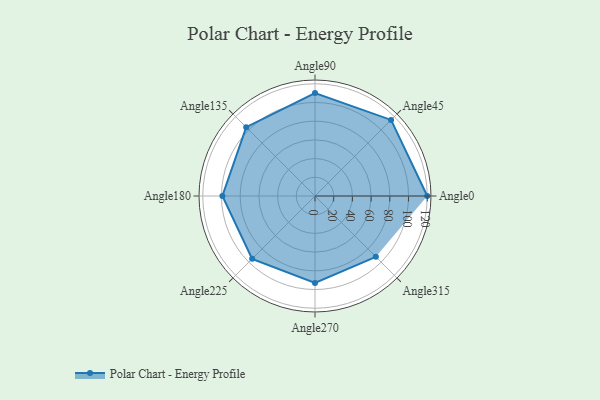
{"axis": {"x": "Angle", "y": "Radius"}, "legend": [""], "data": [{"x": "Angle0", "y": 120.0, "type": ""}, {"x": "Angle45", "y": 115.0, "type": ""}, {"x": "Angle90", "y": 110.0, "type": ""}, {"x": "Angle135", "y": 104.0, "type": ""}, {"x": "Angle180", "y": 99.0, "type": ""}, {"x": "Angle225", "y": 95.0, "type": ""}, {"x": "Angle270", "y": 93.0, "type": ""}, {"x": "Angle315", "y": 92.0, "type": ""}]}